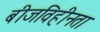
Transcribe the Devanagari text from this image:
बीजविहीनता